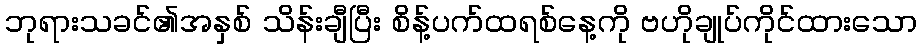
ဘုရားသခင်၏အနှစ် သိန်းချီပြီး စိန့်ပက်ထရစ်နေ့ကို ဗဟိုချုပ်ကိုင်ထားသော